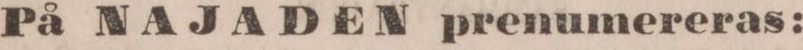
På NAJADEN prenumereras: